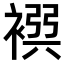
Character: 𧛴